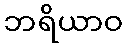
ဘရိယာဝ